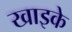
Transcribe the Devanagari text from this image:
खाइके